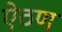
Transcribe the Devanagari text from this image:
ऐठण